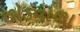
છોડવાળા